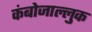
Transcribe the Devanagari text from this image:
कंबोजाल्लुक